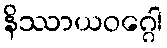
နိဿာယဝဂ္ဂေါ